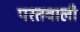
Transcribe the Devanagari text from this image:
परतवाली